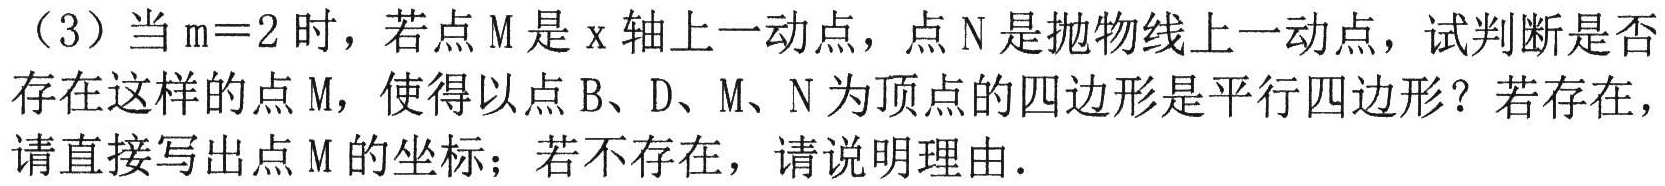
（3）当\(m = 2\)时，若点\(M\)是\(x\)轴上一动点，点\(N\)是抛物线上一动点，试判断是否存在这样的点\(M\)，使得以点\(B、D、M、N\)为顶点的四边形是平行四边形？若存在，请直接写出点\(M\)的坐标；若不存在，请说明理由.